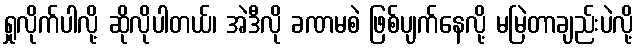
ရှုလိုက်ပါလို့ ဆိုလိုပါတယ်၊ အဲဒီလို ခဏမစဲ ဖြစ်ပျက်နေလို့ မမြဲတာချည်းပဲလို့